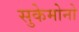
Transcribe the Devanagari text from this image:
सुकेमोनो